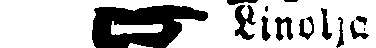
☛ Linolja